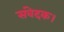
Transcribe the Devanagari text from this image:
संवेदक।